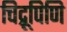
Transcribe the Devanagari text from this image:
चिद्रूपिणि